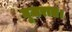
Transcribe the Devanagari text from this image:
गुजरात।